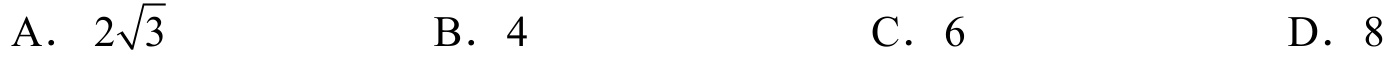
A. \(2\sqrt{3}\)  B. \(4\)  C. \(6\)  D. \(8\)